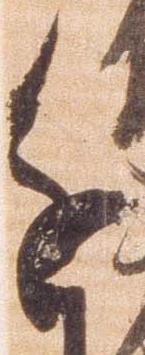
進